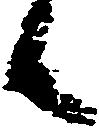
候